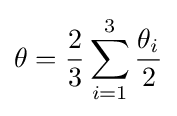
\theta ={\frac {2}{3}}\sum _{i=1}^{3}{\frac {\theta _{i}}{2}}